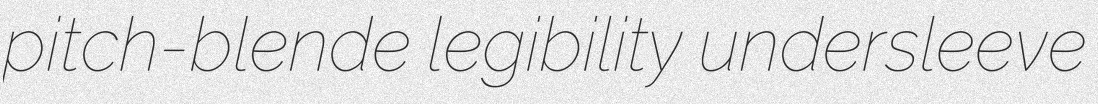
pitch-blende legibility undersleeve